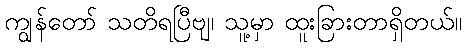
ကျွန်တော် သတိရပြီဗျ၊ သူ့မှာ ထူးခြားတာရှိတယ်။